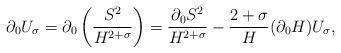
LaTeX: \begin{align*}\partial_0U_{\sigma}=\partial_0\left(\frac{S^2}{H^{2+\sigma}}\right)=\frac{\partial_0 S^2}{H^{2+\sigma}}-\frac{2+\sigma}{H}(\partial_0H)U_{\sigma},\end{align*}